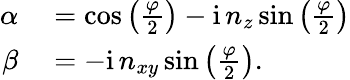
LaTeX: \begin{array}{rl}{\alpha}&{{}=\cos\left(\frac{\varphi}{2}\right)-\mathrm{i}\, n_{z}\sin\left(\frac{\varphi}{2}\right)}\\ {\beta}&{{}=-\mathrm{i}\, n_{xy}\sin\left(\frac{\varphi}{2}\right).}\end{array}